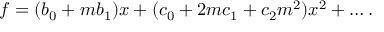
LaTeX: f = ( b _ { 0 } + m b _ { 1 } ) x + ( c _ { 0 } + 2 m c _ { 1 } + c _ { 2 } m ^ { 2 } ) x ^ { 2 } + \dots .